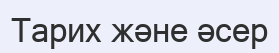
Тарих және әсер